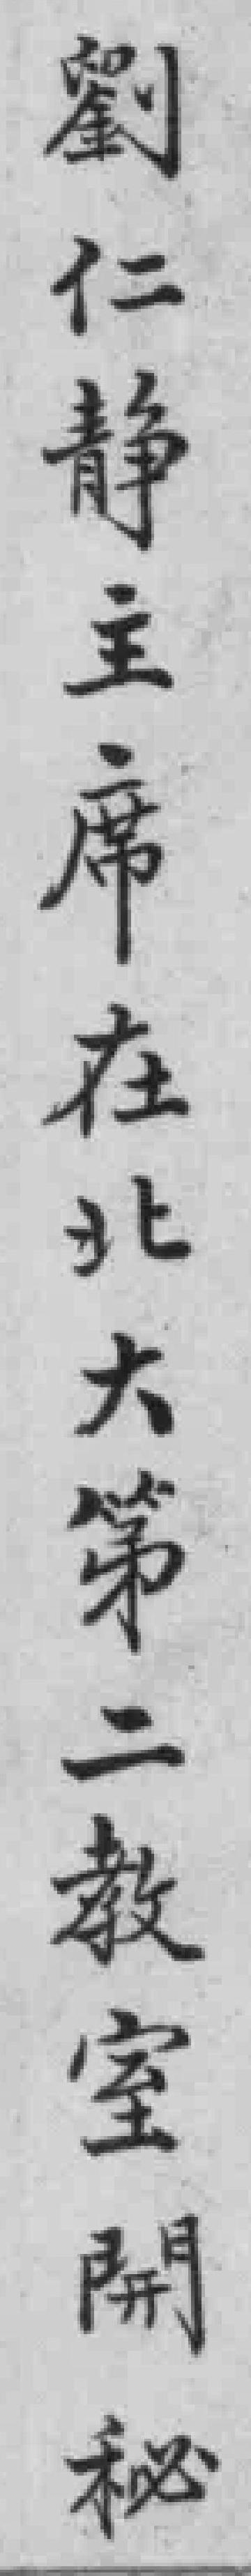
劉仁靜主席在北大第二教室開秘